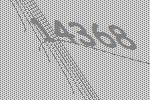
14368